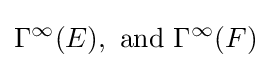
\Gamma ^{\infty }(E),\ {\hbox{and}}\ \Gamma ^{\infty }(F)